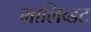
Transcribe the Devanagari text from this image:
मालिब्डट